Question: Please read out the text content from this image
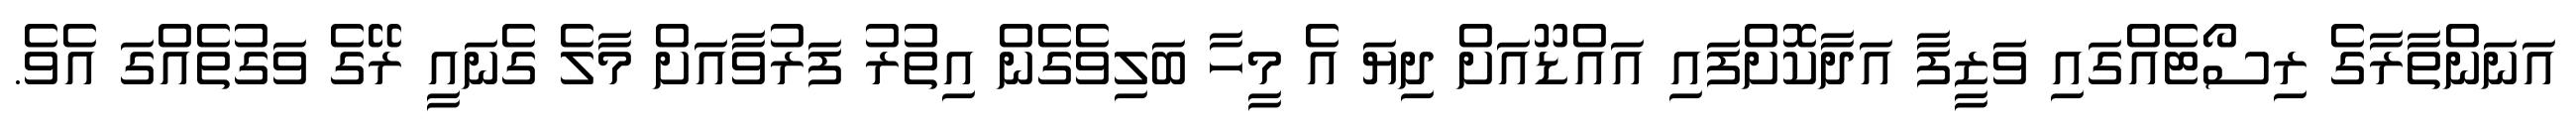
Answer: އަނަންތާރާގެ ރިސޯޓެއްގައި ވަޒީފާ އަދާކޮށްފައި އައްޑޫއަށް ދިޔަ އެ މީހާ ބަލިވެގެން އިތުރު ފަރުވާއަށް މާލެ ގެނައީ ރޭގެ ވަގުތެއްގަ އެވެ.